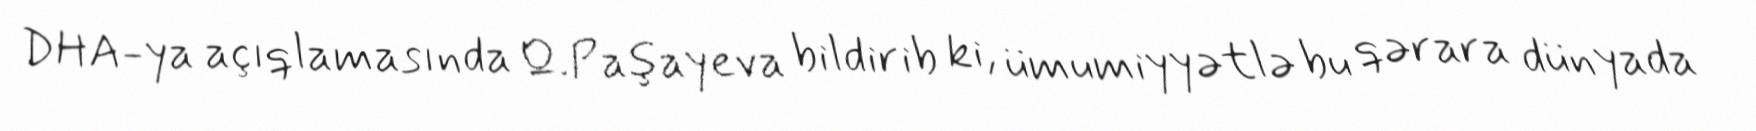
DHA-ya açıqlamasında Q.Paşayeva bildirib ki, ümumiyyətlə bu qərara dünyada